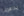
يداهمنا